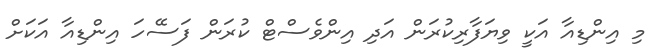
މި އިންޑިއާ އަކީ ވިޔަފާރިކުރަން އަދި އިންވެސްޓް ކުރަން ފަސޭހަ އިންޑިއާ އަކަށް